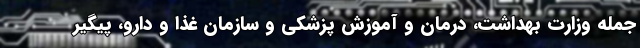
جمله وزارت بهداشت، درمان و آموزش پزشکی و سازمان غذا و دارو، پیگیر